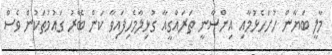
މާލީ ބަޔާން ހުށަހެޅުމާއި އިންސާނީ ތަރައްގީއާ ގުޅިލާމެހިފައިވާ ކަން ބޭރު ގައުމުތަކުން ވެސް